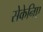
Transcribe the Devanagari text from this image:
सेकेनिए